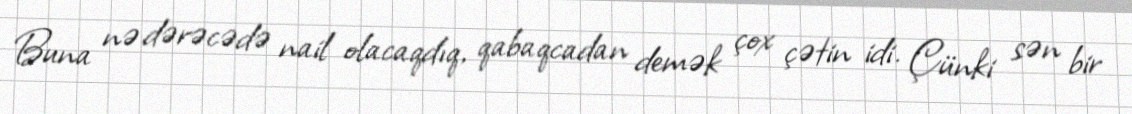
Buna nə dərəcədə nail olacaqdıq, qabaqcadan demək çox çətin idi. Çünki sən bir